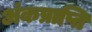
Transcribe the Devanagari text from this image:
अंकप्राप्ति